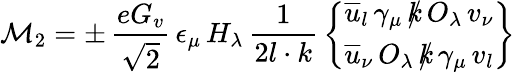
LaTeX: {\cal M}_{2}=\pm\, \frac{eG_{v}}{\sqrt 2}\, \epsilon_{\mu}\, H_{\lambda}\, \frac{1}{2l\cdot k}\, {{\overline{{u}}}_{l}\, \gamma_{\mu}\, {\rlap/k}\, O_{\lambda}\, v_{\nu}\brace{\overline{{u}}}_{\nu}\, O_{\lambda}\, {\rlap/k}\, \gamma_{\mu}\, v_{l}}